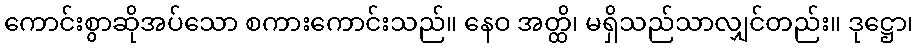
ကောင်းစွာဆိုအပ်သော စကားကောင်းသည်။ နေဝ အတ္ထိ၊ မရှိသည်သာလျှင်တည်း။ ဒုဋ္ဌော၊